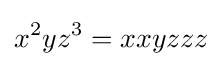
x^{2}yz^{3}=xxyzzz